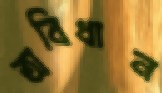
অবিধান